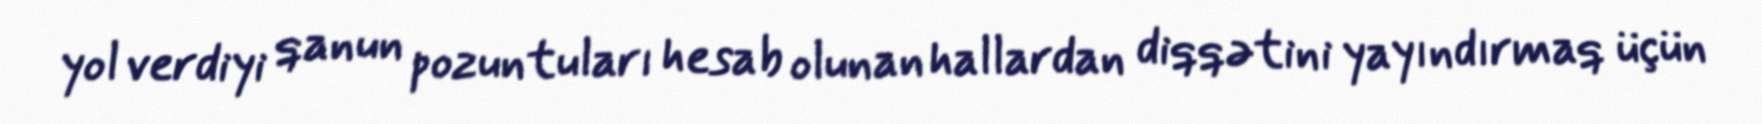
yol verdiyi qanun pozuntuları hesab olunan hallardan diqqətini yayındırmaq üçün